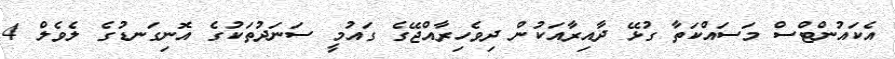
އެކައުންޓްސް މަސައްކަތާ ގުޅޭ ދާއިރާއަކުން ދިވެހިރާއްޖޭގެ ގައުމީ ސަނަދުތަކުގެ އޮނިގަނޑުގެ ލެވެލް 4